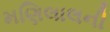
મણિલાલની